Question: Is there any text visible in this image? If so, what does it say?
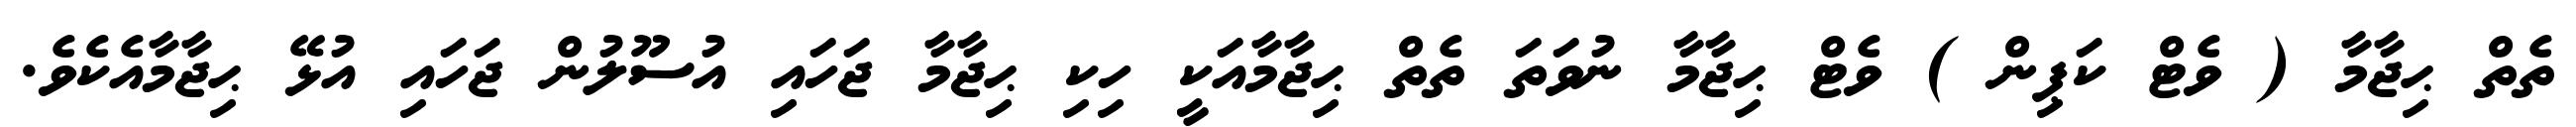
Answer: ތެތް ޙިޖާމާ ( ވެޓް ކަޕިން ) ވެޓް ޙިޖާމާ ނުވަތަ ތެތް ޙިޖާމާއަކީ ހިކި ޙިޖާމާ ޖަހައި އުސޫލުން ޖަހައި އުޅޭ ޙިޖާމާއެކެވެ.